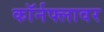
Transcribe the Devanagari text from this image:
कॉर्नफ्लावर